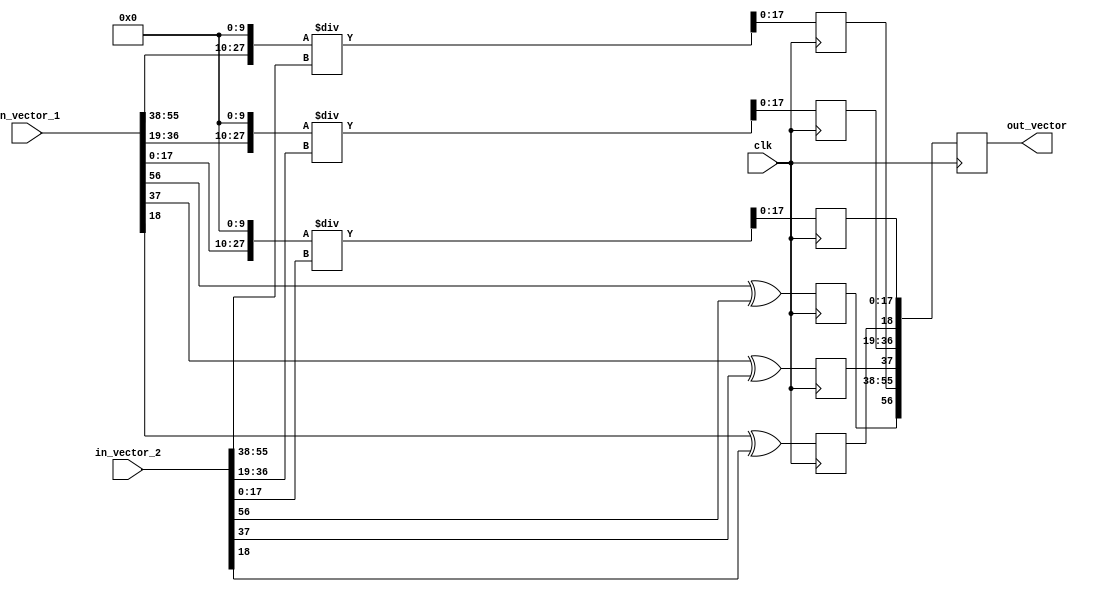
/*
     Hardware implementation of basic operations                      //  pg38  
     Vector Division Implementation                                   //  pg41
     All (most) data types - 57 bits long                             //  pg16
     10 bit precision is being used                                   //  pg36
     ray = {x, y, z}                                                  //  concatenation   //pg39
     19 bits are signed fixed point numbers
     9 bits decimal + 10 bits fractional = 19 bits per dimension
     3*19 bits = 57 bits per coordinate
     VECTOR_WIDTH = 57 
     Signed Fixed Point  = {Sign, Integer, Fraction} 
     https://www.tutorialspoint.com/fixed-point-and-floating-point-number-representations 
     https://www.tutorialspoint.com/negative-binary-numbers 
     https://wwws.rapidtables.com/convert/number/binary-to-decimal.html
     https://www.lettercount.com/ 
     https://stackoverflow.com/questions/24580154/fixed-point-integer-division-fractional-division-algorithm 
     https://stackoverflow.com/questions/35433371/how-to-do-division-of-two-fixed-point-64-bits-variables-in-synthesizable-verilog 
     PROCEDURE: Left shift the dividend by 10 bits, perform the division, and take the 19 LSBs as the result,
                where 10 LSBs are the fractional part.
*/

module signed_vector_division(in_vector_1, in_vector_2, clk, out_vector);
 
  parameter LEFT_SHIFT_RESOLUTION = 10; // no. of bits by which dividend is left shifted. Check pg 41

  input clk;
  input  [56:0] in_vector_1, in_vector_2;

  output [56:0] out_vector;

  reg [18:0] reg_x1, reg_x2;
  reg [18:0] reg_y1, reg_y2;  //to hold values after splitting in_vector_1 & in_vector_2 into x, y & z components
  reg [18:0] reg_z1, reg_z2;

  reg [27:0] x1_left_shift, y1_left_shift, z1_left_shift;  //no use for the sign bit. It will be calculated later

  reg x_sign_bit, y_sign_bit, z_sign_bit;

  reg [27:0] reg_x, reg_y, reg_z;     //to hold temporary values of the resultant vector's 3 components.   //magnitude only 
   
  reg [56:0] reg_out_vector;          //to hold resultant vector after concatenation of reg_x, reg_y & reg_z 

  always @(posedge clk)
    begin : SIGNED_VECTOR_DIVISION
      //SPLIT INPUT VECTORS
      reg_x1[18:0] = in_vector_1[56:38];            //load x component into temporary, internal wires
      reg_x2[18:0] = in_vector_2[56:38];
      reg_y1[18:0] = in_vector_1[37:19];            //load y component into temporary, internal wires
      reg_y2[18:0] = in_vector_2[37:19];
      reg_z1[18:0] = in_vector_1[18:0];             //load z component into temporary, internal wires
      reg_z2[18:0] = in_vector_2[18:0];

      //LEFT SHIFT DIVIDEND
      x1_left_shift[27:0] = reg_x1[17:0] << LEFT_SHIFT_RESOLUTION;  
      y1_left_shift[27:0] = reg_y1[17:0] << LEFT_SHIFT_RESOLUTION;  //LEFT_SHIFT_RESOLUTION = 10    // check line 24
      z1_left_shift[27:0] = reg_z1[17:0] << LEFT_SHIFT_RESOLUTION;  

      //DIVIDE LEFT SHIFTED DIVIDEND
      reg_x[27:0] <= x1_left_shift[27:0] / reg_x2[17:0]; 
      reg_y[27:0] <= y1_left_shift[27:0] / reg_y2[17:0];  //only magnitude is being calculated
      reg_z[27:0] <= z1_left_shift[27:0] / reg_z2[17:0];

      //CALCULATE SIGN BIT
      x_sign_bit <= reg_x1[18] ^ reg_x2[18];
      y_sign_bit <= reg_y1[18] ^ reg_y2[18];
      z_sign_bit <= reg_z1[18] ^ reg_z2[18];

      //CONCATENATE COMPONENTS
      reg_out_vector[56:0] <= { {x_sign_bit, reg_x[17:0]}, {y_sign_bit, reg_y[17:0]}, {z_sign_bit, reg_z[17:0]} };
    end
  
  assign out_vector[56:0] = reg_out_vector[56:0];

endmodule